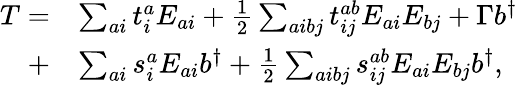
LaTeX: \begin{array}{rl}{T=}&{\sum_{ai}t_{i}^{a}E_{ai}+\frac{1}{2}\sum_{aibj}t_{ij}^{ab}E_{ai}E_{bj}+\Gamma b^{\dagger}}\\ {+}&{\sum_{ai}s_{i}^{a}E_{ai}b^{\dagger}+\frac{1}{2}\sum_{aibj}s_{ij}^{ab}E_{ai}E_{bj}b^{\dagger},}\end{array}